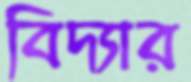
বিদ্যার